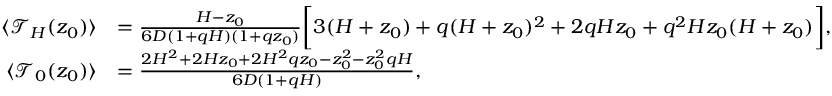
\begin{array} { r l } { \langle \mathcal { T } _ { H } ( z _ { 0 } ) \rangle } & { = \frac { H - z _ { 0 } } { 6 D ( 1 + q H ) ( 1 + q z _ { 0 } ) } \biggl [ 3 ( H + z _ { 0 } ) + q ( H + z _ { 0 } ) ^ { 2 } + 2 q H z _ { 0 } + q ^ { 2 } H z _ { 0 } ( H + z _ { 0 } ) \biggr ] , } \\ { \langle \mathcal { T } _ { 0 } ( z _ { 0 } ) \rangle } & { = \frac { 2 H ^ { 2 } + 2 H z _ { 0 } + 2 H ^ { 2 } q z _ { 0 } - z _ { 0 } ^ { 2 } - z _ { 0 } ^ { 2 } q H } { 6 D ( 1 + q H ) } , } \end{array}